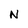
Character: N